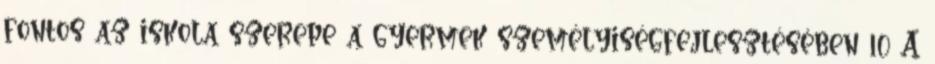
fontos az iskola szerepe a gyermek személyiségfejlesztésében 10 A